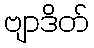
ဗျာဒိတ်